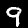
Digit: 9